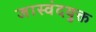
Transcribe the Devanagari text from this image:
जास्वंदयुक्त